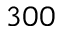
3 0 0